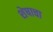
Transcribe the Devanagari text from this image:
शेषाचा